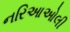
નરિઆઓલી